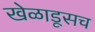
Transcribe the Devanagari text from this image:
खेळाडूसच